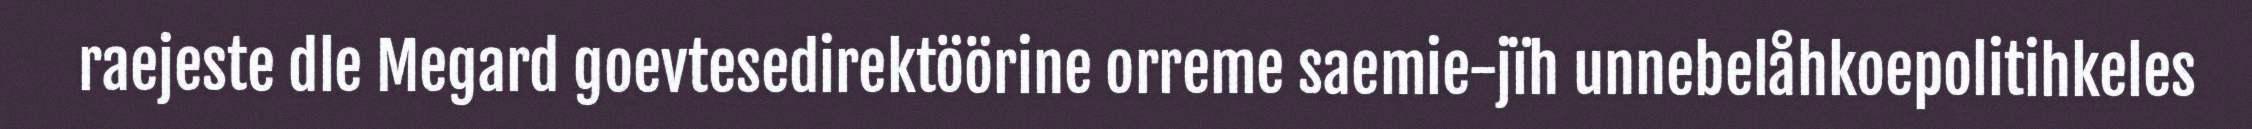
raejeste dle Megard goevtesedirektöörine orreme saemie-jïh unnebelåhkoepolitihkeles